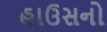
હાઉસનો